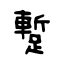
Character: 蹔